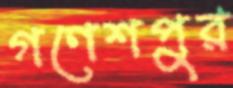
গণেশপুর